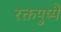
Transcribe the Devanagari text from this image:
रक्तपुष्पै